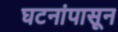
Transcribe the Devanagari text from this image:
घटनांपासून